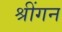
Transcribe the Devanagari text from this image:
श्रींगन